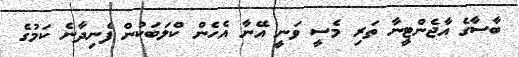
ބާސާގެ އާޖެންޓީނާ ތަރި މެސީ ވަނީ އޭނާ އެހެން ކްލަބަކުން ފެނިދާނެ ކަމުގެ